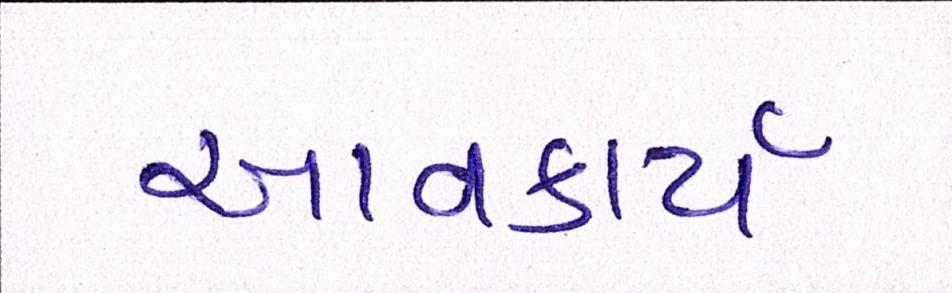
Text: આવકાર્ય